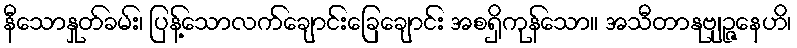
နီသောနှုတ်ခမ်း၊ ပြန့်သောလက်ချောင်းခြေချောင်း အစရှိကုန်သော။ အသီတာနုဗျဉ္ဇနေဟိ၊